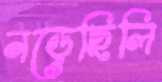
নড়েছিলি